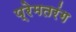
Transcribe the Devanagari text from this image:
प्रेमतरंग